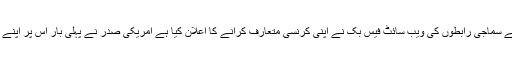
خیال رہے کہ جب سے سماجی رابطوں کی ویب سائٹ فیس بک نے اپنی کرنسی متعارف کرانے کا اعلان کیا ہے امریکی صدر نے پہلی بار اس پر اپنے رد عمل کا اظہار کیا۔